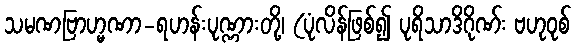
သမဏဗြာဟ္မဏာ-ရဟန်းပုဏ္ဏားတို့၊ (ပုံလိန်ဖြစ်၍ ပုရိသာဒိဂိုဏ်း ဗဟုဝုစ်